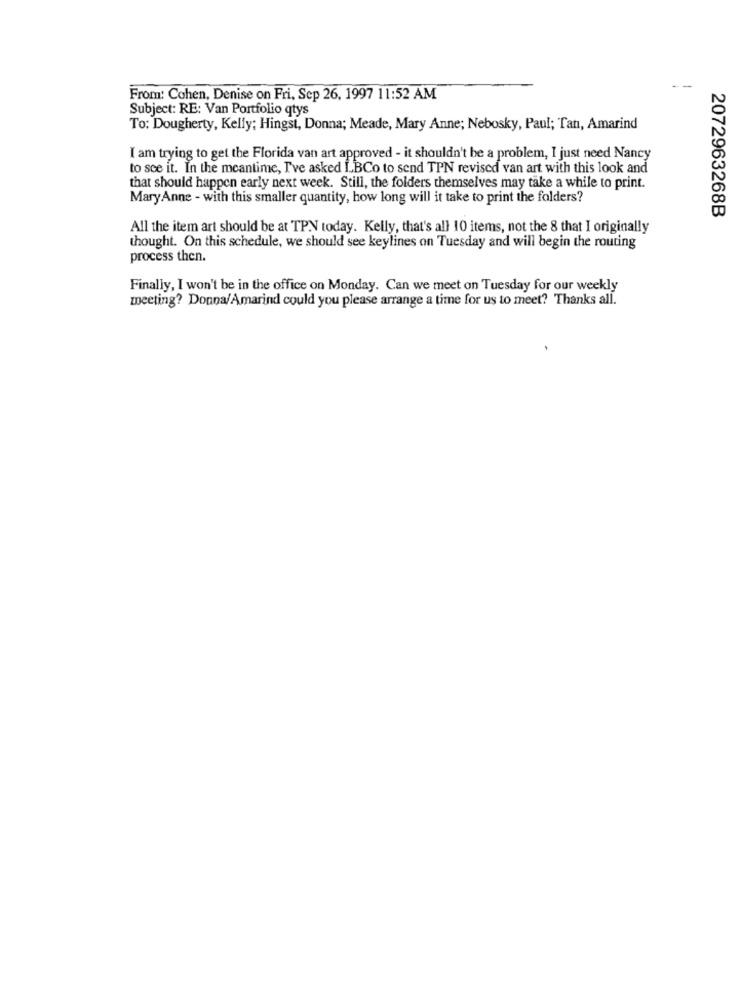
From: Cohen, Denise on Fri, Sep 26, 1997 11:52 AM
Subject: RE: Van Portfolio qtys
To: Dougherty, Kelly; Hingst, Donna; Meade, Mary Anne; Nebosky, Paul; Tan, Amarind
I am trying to get the Florida van art approved - it shouldn't be a problem, I just need Nancy
to see it. In the meantime, I've asked LBCo to send TPN revised van art with this look and
that should happen early next week. Still, the folders themselves may take a while to print.
Mary Anne - with this smaller quantity, how long will it take to print the folders?
2072963268B
All the item art should be at TPN today. Kelly, that's all 10 items, not the 8 that I originally
thought. On this schedule, we should see keylines on Tuesday and will begin the routing
process then.
Finally, I won't be in the office on Monday. Can we meet on Tuesday for our weekly
meeting? Donna/Amarind could you please arrange a time for us to meet? Thanks all.